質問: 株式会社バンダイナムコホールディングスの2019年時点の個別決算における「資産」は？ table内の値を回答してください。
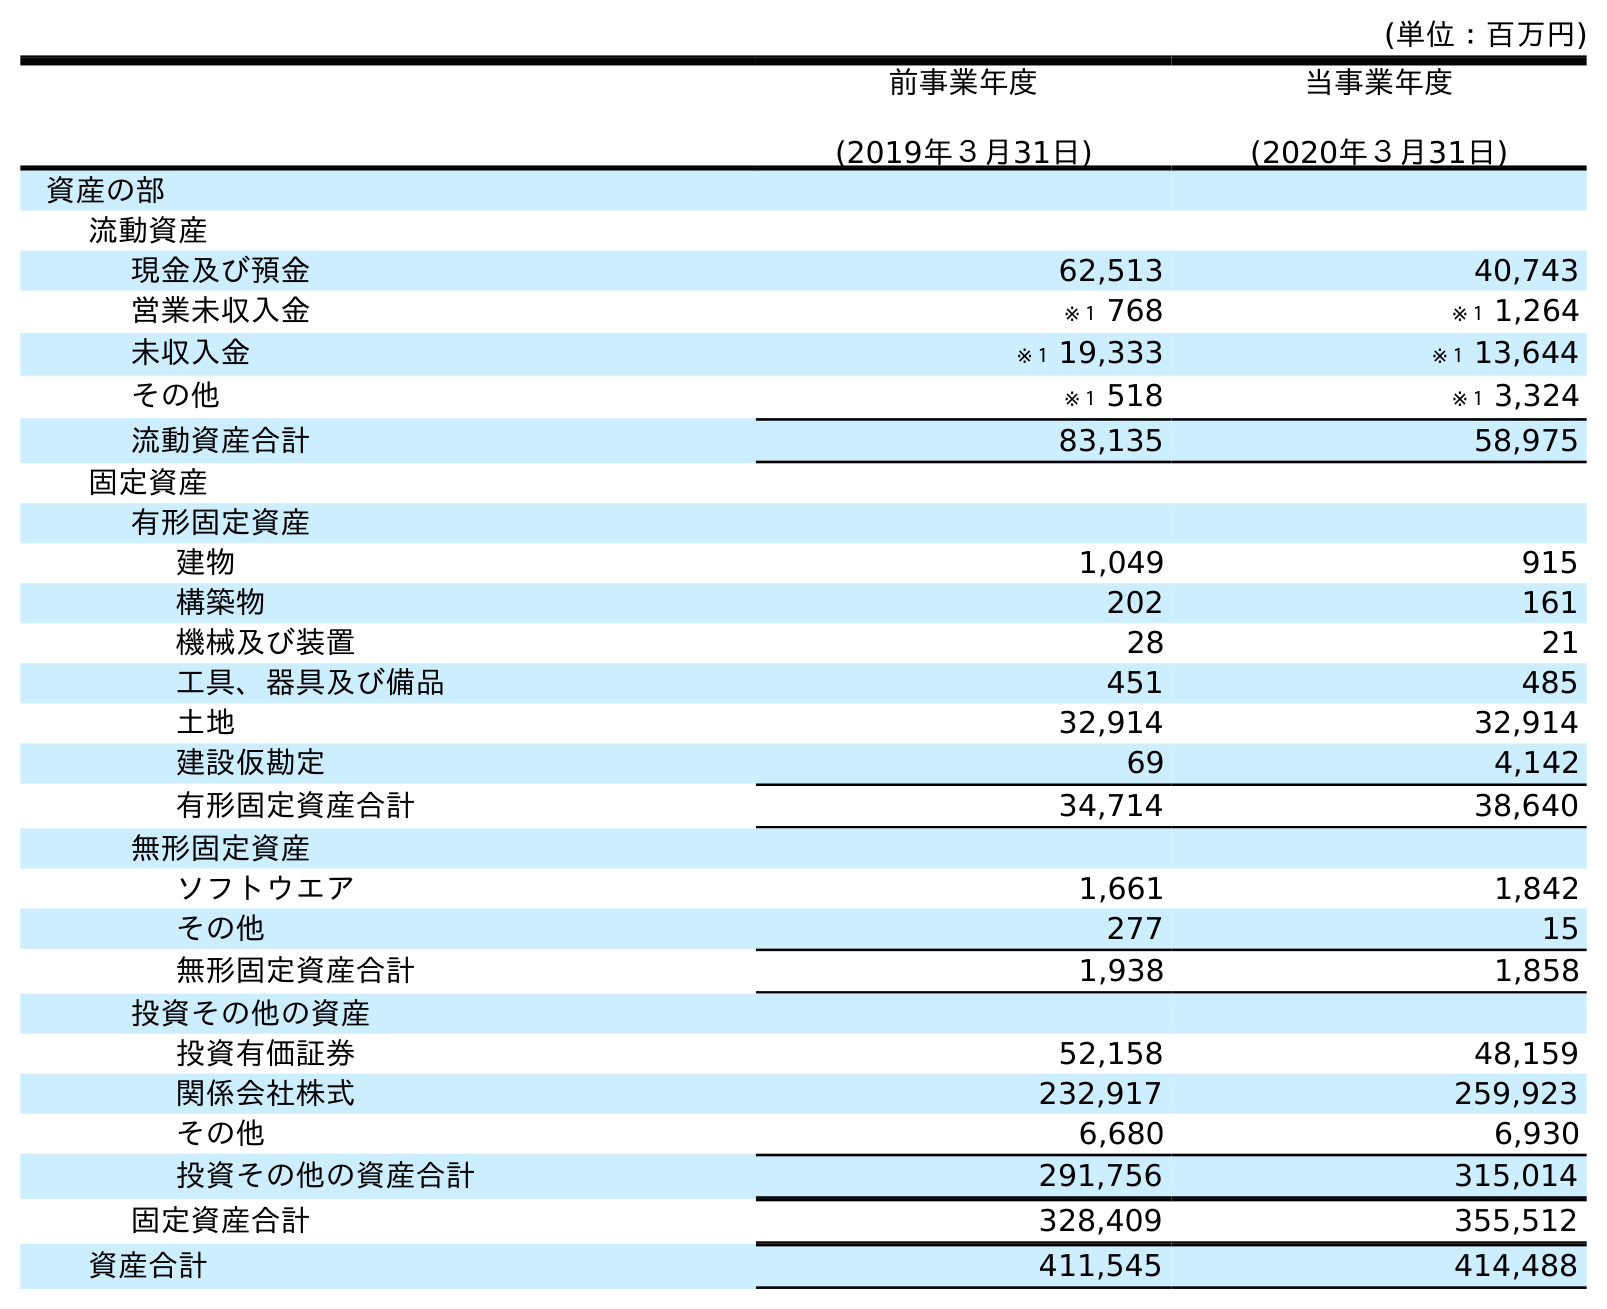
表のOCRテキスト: (単位：百万円) 前事業年度 (2019年３月31日) 当事業年度 (2020年３月31日) 資産の部 流動資産 現金及び預金 62,513 40,743 営業未収入金 ※１ 768 ※１ 1,264 未収入金 ※１ 19,333 ※１ 13,644 その他 ※１ 518 ※１ 3,324 流動資産合計 83,135 58,975 固定資産 有形固定資産 建物 1,049 915 構築物 202 161 機械及び装置 28 21 工具、器具及び備品 451 485 土地 32,914 32,914 建設仮勘定 69 4,142 有形固定資産合計 34,714 38,640 無形固定資産 ソフトウエア 1,661 1,842 その他 277 15 無形固定資産合計 1,938 1,858 投資その他の資産 投資有価証券 52,158 48,159 関係会社株式 232,917 259,923 その他 6,680 6,930 投資その他の資産合計 291,756 315,014 固定資産合計 328,409 355,512 資産合計 411,545 414,488
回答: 411,545